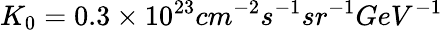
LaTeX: K_{0}=0.3\times 10^{23}cm^{-2}s^{-1}sr^{-1}GeV^{-1}